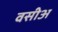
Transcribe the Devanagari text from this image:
वसीअ